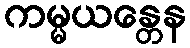
ကမ္မယန္တေန